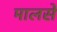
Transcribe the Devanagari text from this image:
मालसे